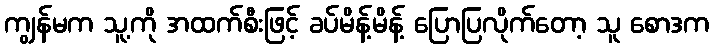
ကျွန်မက သူ့ကို အထက်စီးဖြင့် ခပ်မိန့်မိန့် ပြောပြလိုက်တော့ သူ စောဒက